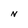
Character: N